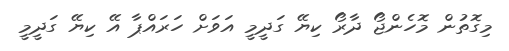
މިގޮތުން މޮހެންޖޯ ދާރޯ ކިޔޭ ގަދީމީ އަވަށް ހަރައްޕާ އޭ ކިޔޭ ގަދީމީ